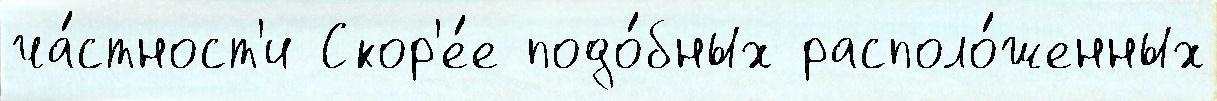
ча́стност'и Скор'е́е подо́бных располо́женных